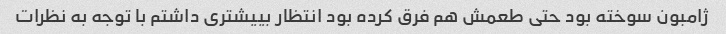
ژامبون سوخته بود حتی طعمش هم فرق کرده بود انتظار بییشتری داشتم با توجه به نظرات